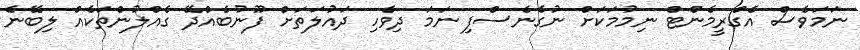
ނަމަވެސް އެގްރީމެންޓް ނިމުމަކަށް ނުގެނެސްފި ނަމަ ދިވެހި ދައުލަތަށް ފޫނުބެއްދޭ ގެއްލުންތަކެއް ލިބޭނެ